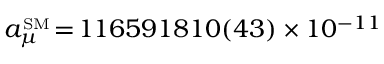
a _ { \mu } ^ { \scriptscriptstyle \mathrm { S M } } \! = \! 1 1 6 5 9 1 8 1 0 ( 4 3 ) \times 1 0 ^ { - 1 1 }